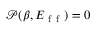
\mathscr { P } ( \beta , E _ { \mathrm { ~ f ~ f ~ } } ) = 0